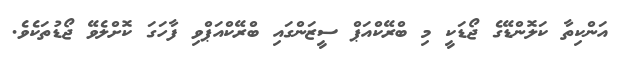
އަންކިތާ ކަލޮންޑޭގެ ޖޯޑަކީ މި ބްރޭކްއަޕް ސީޒަންގައި ބްރޭކްއަޕްވި ފާހަގަ ކޮށްލެވޭ ޖޯޑުތަކެވެ.